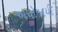
અધોજાયી